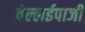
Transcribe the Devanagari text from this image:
वेल्लईपाजी